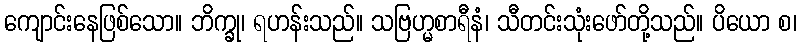
ကျောင်းနေဖြစ်သော။ ဘိက္ခု၊ ရဟန်းသည်။ သဗြဟ္မစာရီနံ၊ သီတင်းသုံးဖော်တို့သည်။ ပိယော စ၊